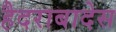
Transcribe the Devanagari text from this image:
हैदराबादेस